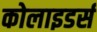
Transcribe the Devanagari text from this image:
कोलाइडर्स